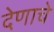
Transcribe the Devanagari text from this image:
देणाचे